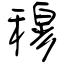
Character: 穆